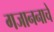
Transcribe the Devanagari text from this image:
गजाननाचे